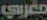
مغربي